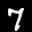
Digit: 7